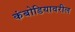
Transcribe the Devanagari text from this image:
कंबोडियावरील